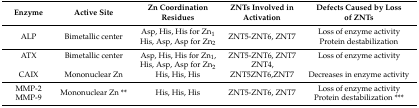
<table><thead><tr><td><b>Enzyme</b></td><td><b>Active Site</b></td><td><b>Zn Coordination Residues</b></td><td><b>ZNTs Involved in Activation</b></td><td><b>Defects Caused by Loss of ZNTs</b></td></tr></thead><tbody><tr><td>ALP</td><td>Bimetallic center</td><td>Asp, His, His for Zn<sub>1</sub>His, Asp, Asp for Zn<sub>2</sub></td><td>ZNT5-ZNT6, ZNT7</td><td>Loss of enzyme activityProtein destabilization</td></tr><tr><td>ATXCAIX</td><td>Bimetallic centerMononuclear Zn</td><td>Asp, His, His for Zn<sub>1</sub>,His, Asp, Asp for Zn<sub>2</sub>His, His, His</td><td>ZNT5-ZNT6, ZNT7ZNT4,ZNT5ZNT6,ZNT7</td><td>Loss of enzyme activityDecreases in enzyme activity</td></tr><tr><td>MMP-2MMP-9</td><td>Mononuclear Zn **</td><td>His, His, His</td><td>ZNT5-ZNT6, ZNT7</td><td>Loss of enzyme activityProtein destabilization ***</td></tr></tbody></table>